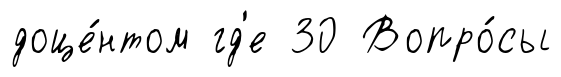
доце́нтом гд'е 30 Вопро́сы